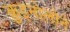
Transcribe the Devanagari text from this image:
क़ुइनोलोने